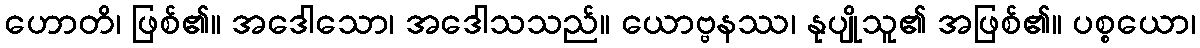
ဟောတိ၊ ဖြစ်၏။ အဒေါသော၊ အဒေါသသည်။ ယောဗ္ဗနဿ၊ နုပျိုသူ၏ အဖြစ်၏။ ပစ္စယော၊